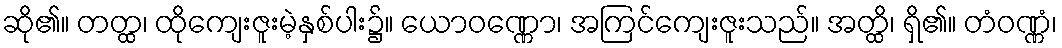
ဆို၏။ တတ္ထ၊ ထိုကျေးဇူးမဲ့နှစ်ပါး၌။ ယောဝဏ္ဏော၊ အကြင်ကျေးဇူးသည်။ အတ္ထိ၊ ရှိ၏။ တံဝဏ္ဏံ၊